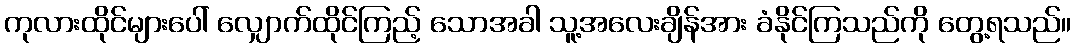
ကုလားထိုင်များပေါ် လျှောက်ထိုင်ကြည့် သောအခါ သူ့အလေးချိန်အား ခံနိုင်ကြသည်ကို တွေ့ရသည်။